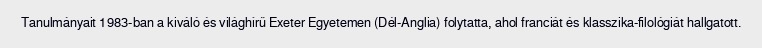
Tanulmányait 1983-ban a kiváló és világhírű Exeter Egyetemen (Dél-Anglia) folytatta, ahol franciát és klasszika-filológiát hallgatott.